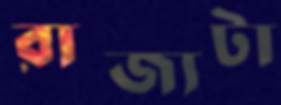
রাজ্যটা